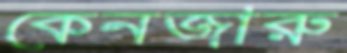
কেনজারু